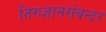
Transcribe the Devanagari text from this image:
तिरुज्ञानसंबन्दर